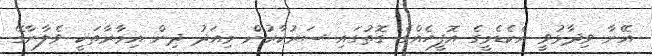
އޭނާ ވިދާޅުވީ އެކެޑެމީގެ އޮފީހެއްގެ ގޮތުގައި ސަރުކާރުން މިއަދު ދިން އިމާރާތަކީ ވެލާނާގޭ